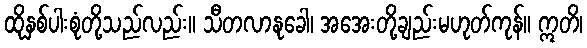
ထိုနှစ်ပါးစုံတို့သည်လည်း။ သီတလာနုခေါ၊ အအေးတို့ချည်းမဟုတ်ကုန်။ ဣတိ၊